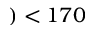
) < 1 7 0